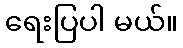
ရေးပြပါ မယ်။